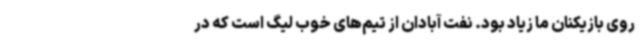
روی بازیکنان ما زیاد بود. نفت آبادان از تیم‌های خوب لیگ است که در